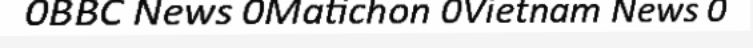
0BBC News 0Matichon 0Vietnam News 0